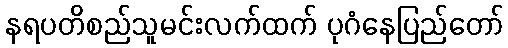
နရပတိစည်သူမင်းလက်ထက် ပုဂံနေပြည်တော်